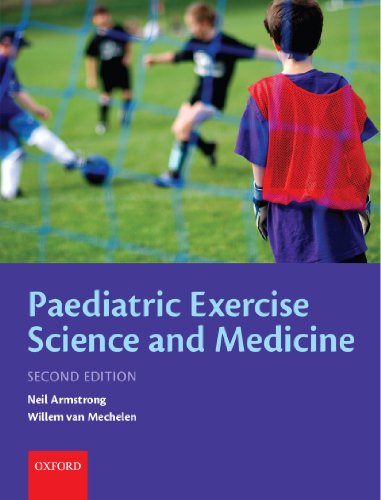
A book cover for Paediatric Exercise Science and Medicine; Health, Fitness & Dieting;